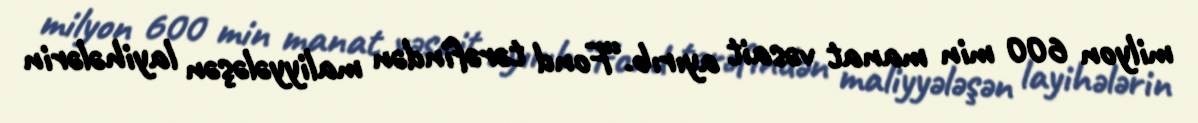
milyon 600 min manat vəsait ayırıb.“Fond tərəfindən maliyyələşən layihələrin